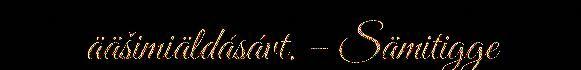
ääšimiäldásávt. – Sämitigge